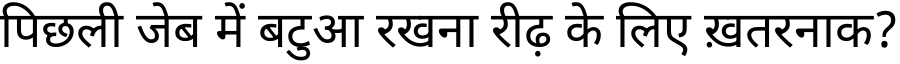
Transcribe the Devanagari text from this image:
पिछली जेब में बटुआ रखना रीढ़ के लिए ख़तरनाक?